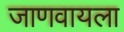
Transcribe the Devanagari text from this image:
जाणवायला